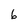
Character: 6